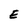
Character: E